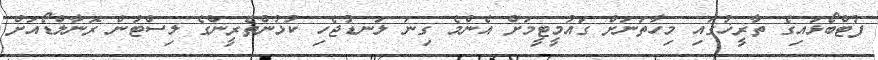
ފުޓްބޯޅައިގެ ތާރީޚުގައި މިހާތަނަށް ގައުމީޓީމަށް އެންމެ ގިނަ ލަނޑުޖެހި ކުޅުންތެރީންގެ ލިސްޓުން ރޮނާލްޑޯއަށް